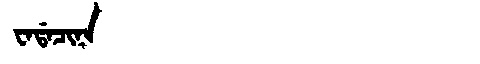
Manchu: ᠸᠠᡩᠠᠴᡳᠨᠠ
Romanization: WADACINA